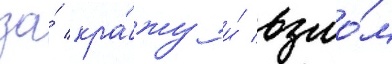
за́ кра́жу и́ взло́м